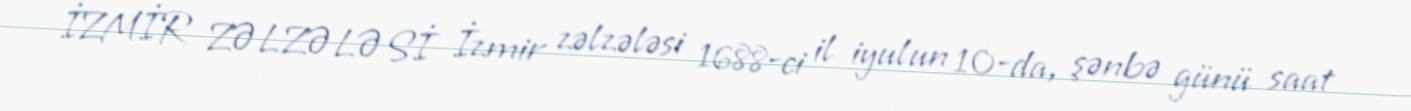
İZMİR ZƏLZƏLƏSİ İzmir zəlzələsi 1688-ci il iyulun 10-da, şənbə günü saat